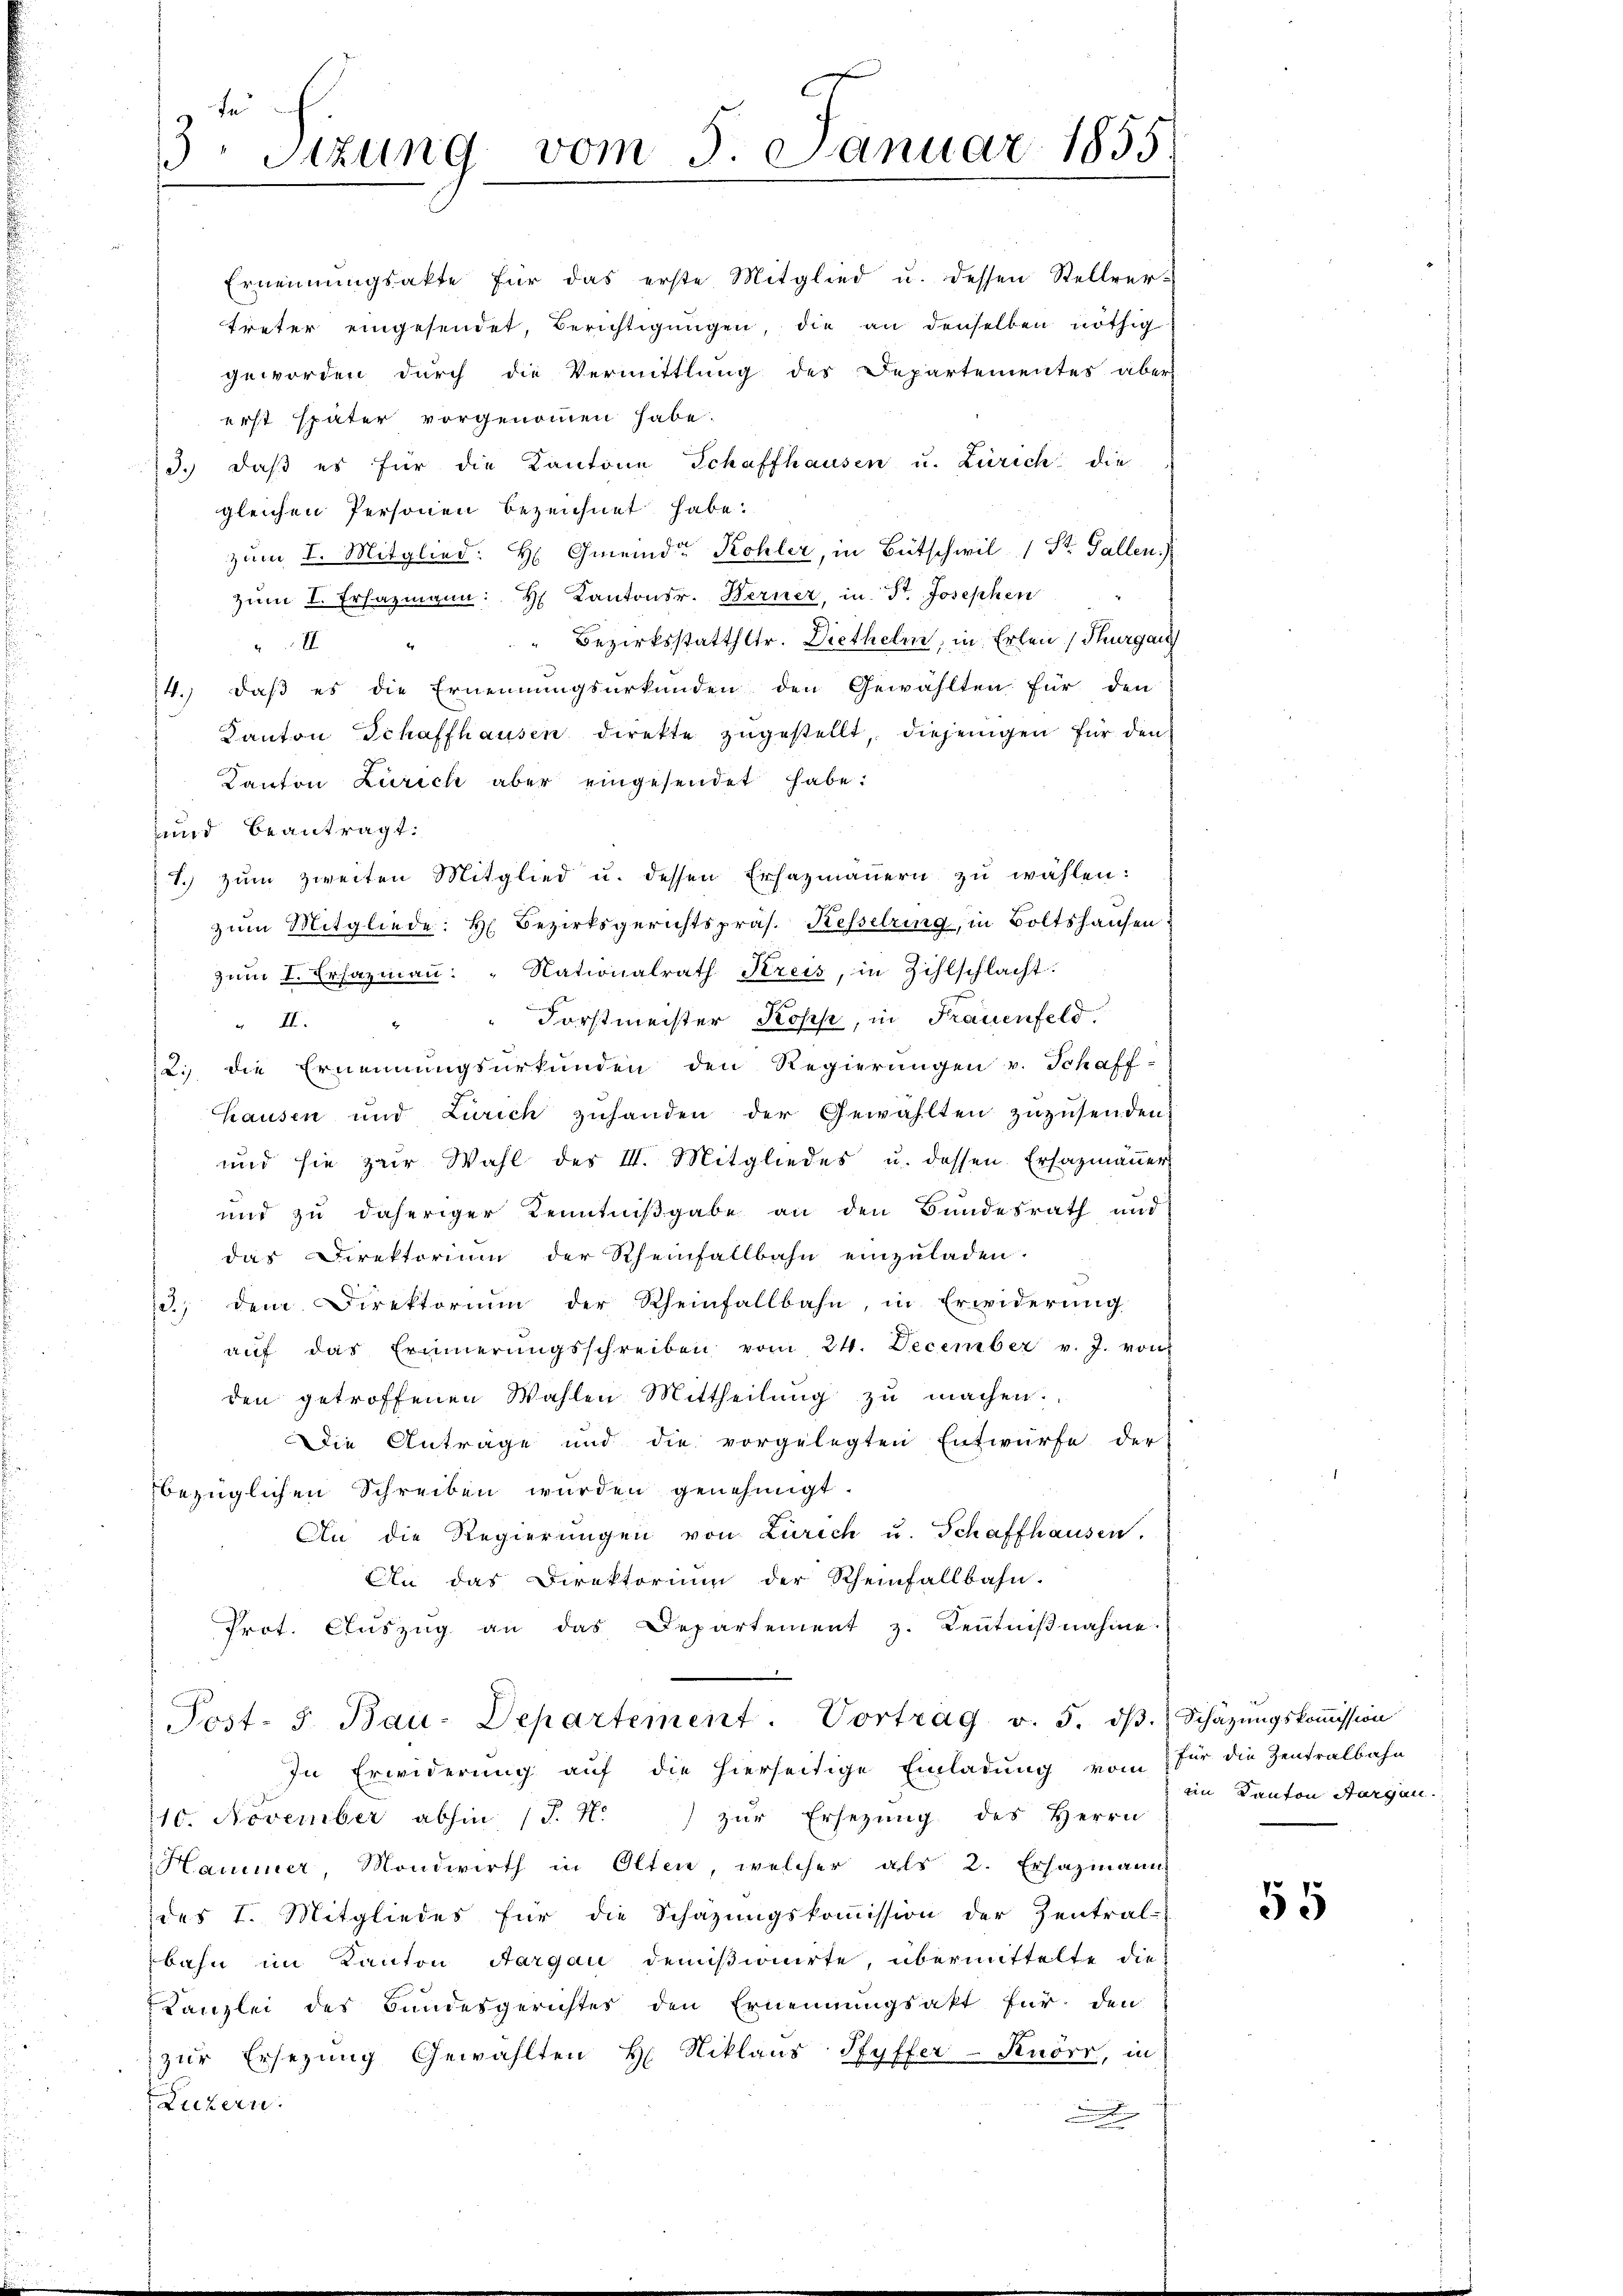
te
3. Sitzung vom 5. Januar 1855

Ernennungsakte für das erste Mitglied u. dessen Stellver-
treter eingesendet, Berichtigungen, die an denselben nöthig
geworden durch die Vermittlung des Departementes aber
erst später vorgenommen habe.
3. daβ es für die Kantone Schaffhausen u. Zürich die
gleichen Personen bezeichnet habe.
zum I. Mitglied: H Gmeinde Kohler, in Bütschwil 1 St. Gallen.)
zŭm I. Ersazmann: H. Kantonsr. Berner, in St. Josephen
“ Bezirksstatthltr. Diethelm, in Erlen (Thurgau
8
14. daß es die Ernennungsurkunden den Gewählten für den
Kanton Schaffhausen direkte zŭgestellt, diejenigen für den
Kanton Zürich aber eingesendet habe.
und beantragt.
1. zŭm zweiten Mitglied u. dessen Ersazmäṅern zŭ wählen:
zum Mitgliede: H. Bezirksgerichtspräs. Kesselring, in Boltshausen
zŭm I. Ersazmaṅ "Nationalrath Kreis, in Zihlschlacht:
Forstmeister Koses, in Frauenfeld.
 II.
12. die Ernennungsurkunden den Regierungen v. Schaff-
hausen und Zürich zŭhanden der Gewählten zuzusenden.
und sie zur Wahl des III. Mitgliedes u. dessen Ersazmäṅer
und zu daheriger Kenntnißgabe an den Bundesrath und
das Direktorium der Rheinfallbahn einzuladen.
3) dem Direktorium der Rheinfallbahn, in Erwiderŭng
aŭf das Erinnerŭngsschreiben vom 24. December v. J. von
den getroffenen Wahlen Mittheilung zu machen.
Die Anträge und die vorgelegten Entwurfe der
bezüglichen Schreiben würden genehmigt.
An die Regierŭngen von Zürich u. Schaffhausen.
An das Direktorium der Rheinfallbahn.
Prot. Auszug an das Departement z. Kenntnißnahme
Post- 5. Bau-Departement. Vortrag v. 5. dβ. Schäzŭngskoṁission
In Erwiderung auf die hierseitige Einladung vom
10. November abhin (T. N. zŭr Ersezung des Herrn
Hammer, Mondwirth in Olten, welcher als 2. Erhazmann
des I. Mitgliedes für die Schazungskommission der Zentral-
bahn im Kanton Aargau demisionirte, übermittelte die
Kanzlei des Bundesgerichtes den Ernennungsakt für den
zur Ersezung Gewählten H. Niklaus Pfyffer-Kuörr, in
Luzern.
.

für die Zentralbahn
im Kanton Aargau.

55